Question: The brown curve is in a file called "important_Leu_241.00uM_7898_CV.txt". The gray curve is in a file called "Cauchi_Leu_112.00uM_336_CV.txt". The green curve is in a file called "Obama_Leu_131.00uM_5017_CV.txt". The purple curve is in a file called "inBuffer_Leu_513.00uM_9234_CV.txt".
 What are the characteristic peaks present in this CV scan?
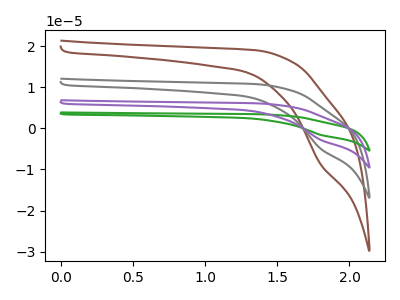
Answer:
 <answer>The brown curve "Leu_241.00uM" has a cathodic peak at: (1.80V, -8.65uA). The gray curve "Leu_112.00uM" has a cathodic peak at: (1.80V, -4.90uA). The green curve "Leu_131.00uM" has a cathodic peak at: (1.80V, -14.65uA). The purple curve "Leu_513.00uM" has a cathodic peak at: (1.80V, -9.75uA).</answer>
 <eval></eval>